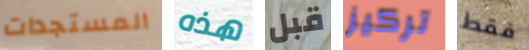
المستجدات هذه قبل تركيز فقط